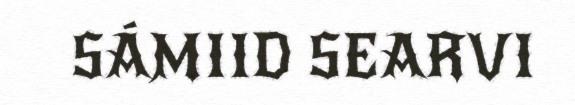
SÁMIID SEARVI